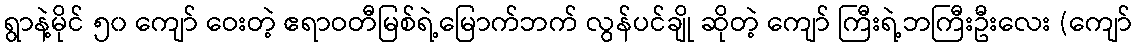
ရွာနဲ့မိုင် ၅၀ ကျော် ဝေးတဲ့ ဧရာဝတီမြစ်ရဲ့မြောက်ဘက် လွန်ပင်ချို ဆိုတဲ့ ကျော် ကြီးရဲ့ဘကြီးဦးလေး (ကျော်